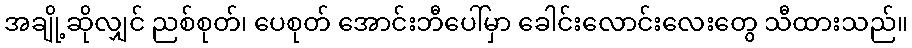
အချို့ဆိုလျှင် ညစ်စုတ်၊ ပေစုတ် အောင်းဘီပေါ်မှာ ခေါင်းလောင်းလေးတွေ သီထားသည်။